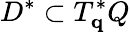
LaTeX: D^{\ast}\subset T_{\mathbf{q}}^{\ast}Q